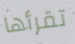
تقرأها